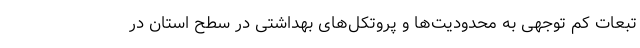
تبعات کم توجهی به محدودیت‌ها و پروتکل‌های بهداشتی در سطح استان در